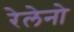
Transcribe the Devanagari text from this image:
रेलेनो